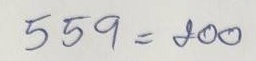
559 = 200